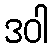
ဒဝါ